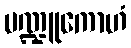
မဏ္ဍူကောဟံ